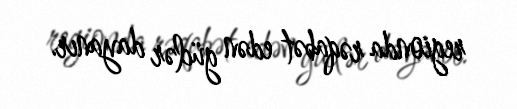
regionda rəqabət edən güclər dayanır.